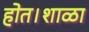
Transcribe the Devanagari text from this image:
होत।शाळा